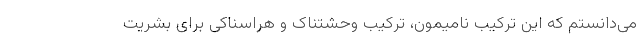
می‌دانستم که این ترکیب نامیمون، ترکیب وحشتناک و هراسناکی برای بشریت